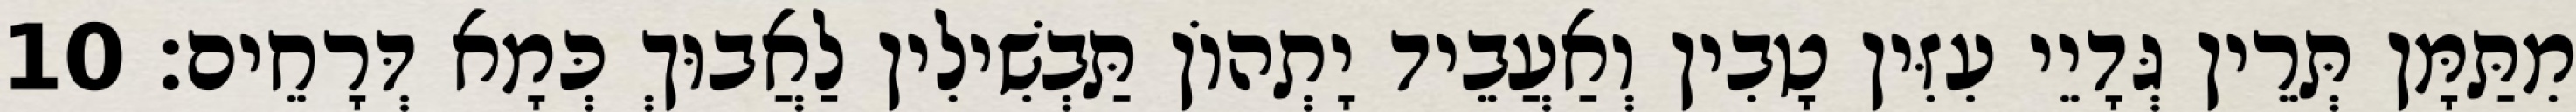
מִתַּמָּן תְּרֵין גְּדָיֵי עִזִּין טָבִין וְאַעֲבֵיד יָתְהוֹן תַּבְשִׁילִין לַאֲבוּךְ כְּמָא דְּרָחֵים׃ 10